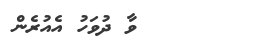
١٤       ވާ ދުވަހު އެއުރެން